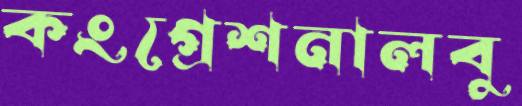
কংগ্রেশনালবু